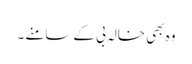
وہ بھی خالہ بی کے سامنے ۔